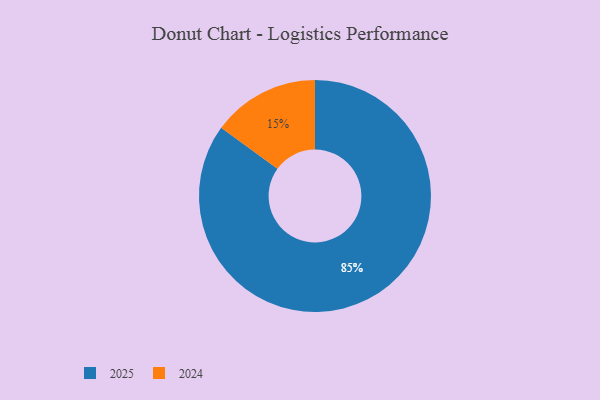
{"axis": {"x": "Category", "y": "Percentage"}, "legend": ["2024", "2025"], "data": [{"x": "2025", "y": 85, "type": "2025"}, {"x": "2024", "y": 15, "type": "2024"}]}